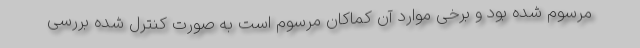
مرسوم شده بود و برخی موارد آن کماکان مرسوم است به صورت کنترل شده بررسی